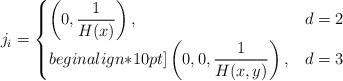
LaTeX: \begin{align*} j_i=\begin{cases}\displaystyle \left(0,\frac{1}{H(x)}\right), & d=2\\begin{align*}10pt]\displaystyle \left(0,0,\frac{1}{H(x,y)}\right), & d=3\end{cases} \end{align*}